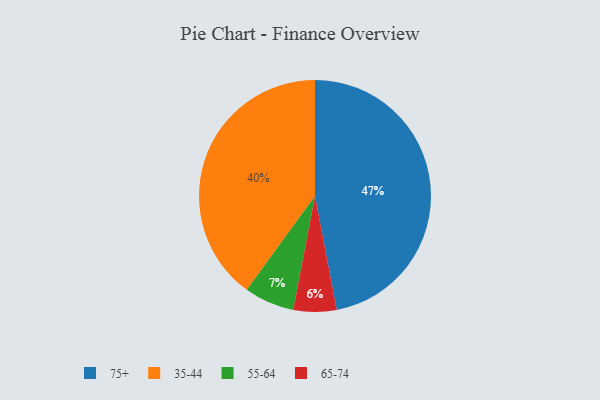
{"axis": {"x": "Category", "y": "Percentage"}, "legend": ["35-44", "55-64", "65-74", "75+"], "data": [{"x": "65-74", "y": 6, "type": "65-74"}, {"x": "75+", "y": 47, "type": "75+"}, {"x": "35-44", "y": 40, "type": "35-44"}, {"x": "55-64", "y": 7, "type": "55-64"}]}